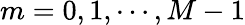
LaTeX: m=0,1,\cdots,M-1